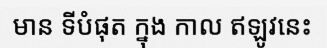
មាន ទីបំផុត ក្នុង កាល ឥឡូវនេះ